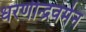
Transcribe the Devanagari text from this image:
धरणीन्द्रवर्मन